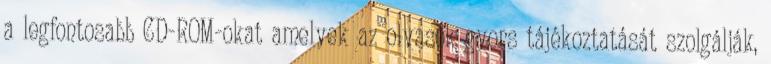
a legfontosabb CD-ROM-okat amelyek az olvasók gyors tájékoztatását szolgálják,